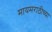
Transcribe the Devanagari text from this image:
मायमराठीच्या